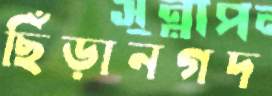
ছিঁড়ানগদ